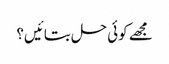
مجھے کوئی حل بتائیں؟